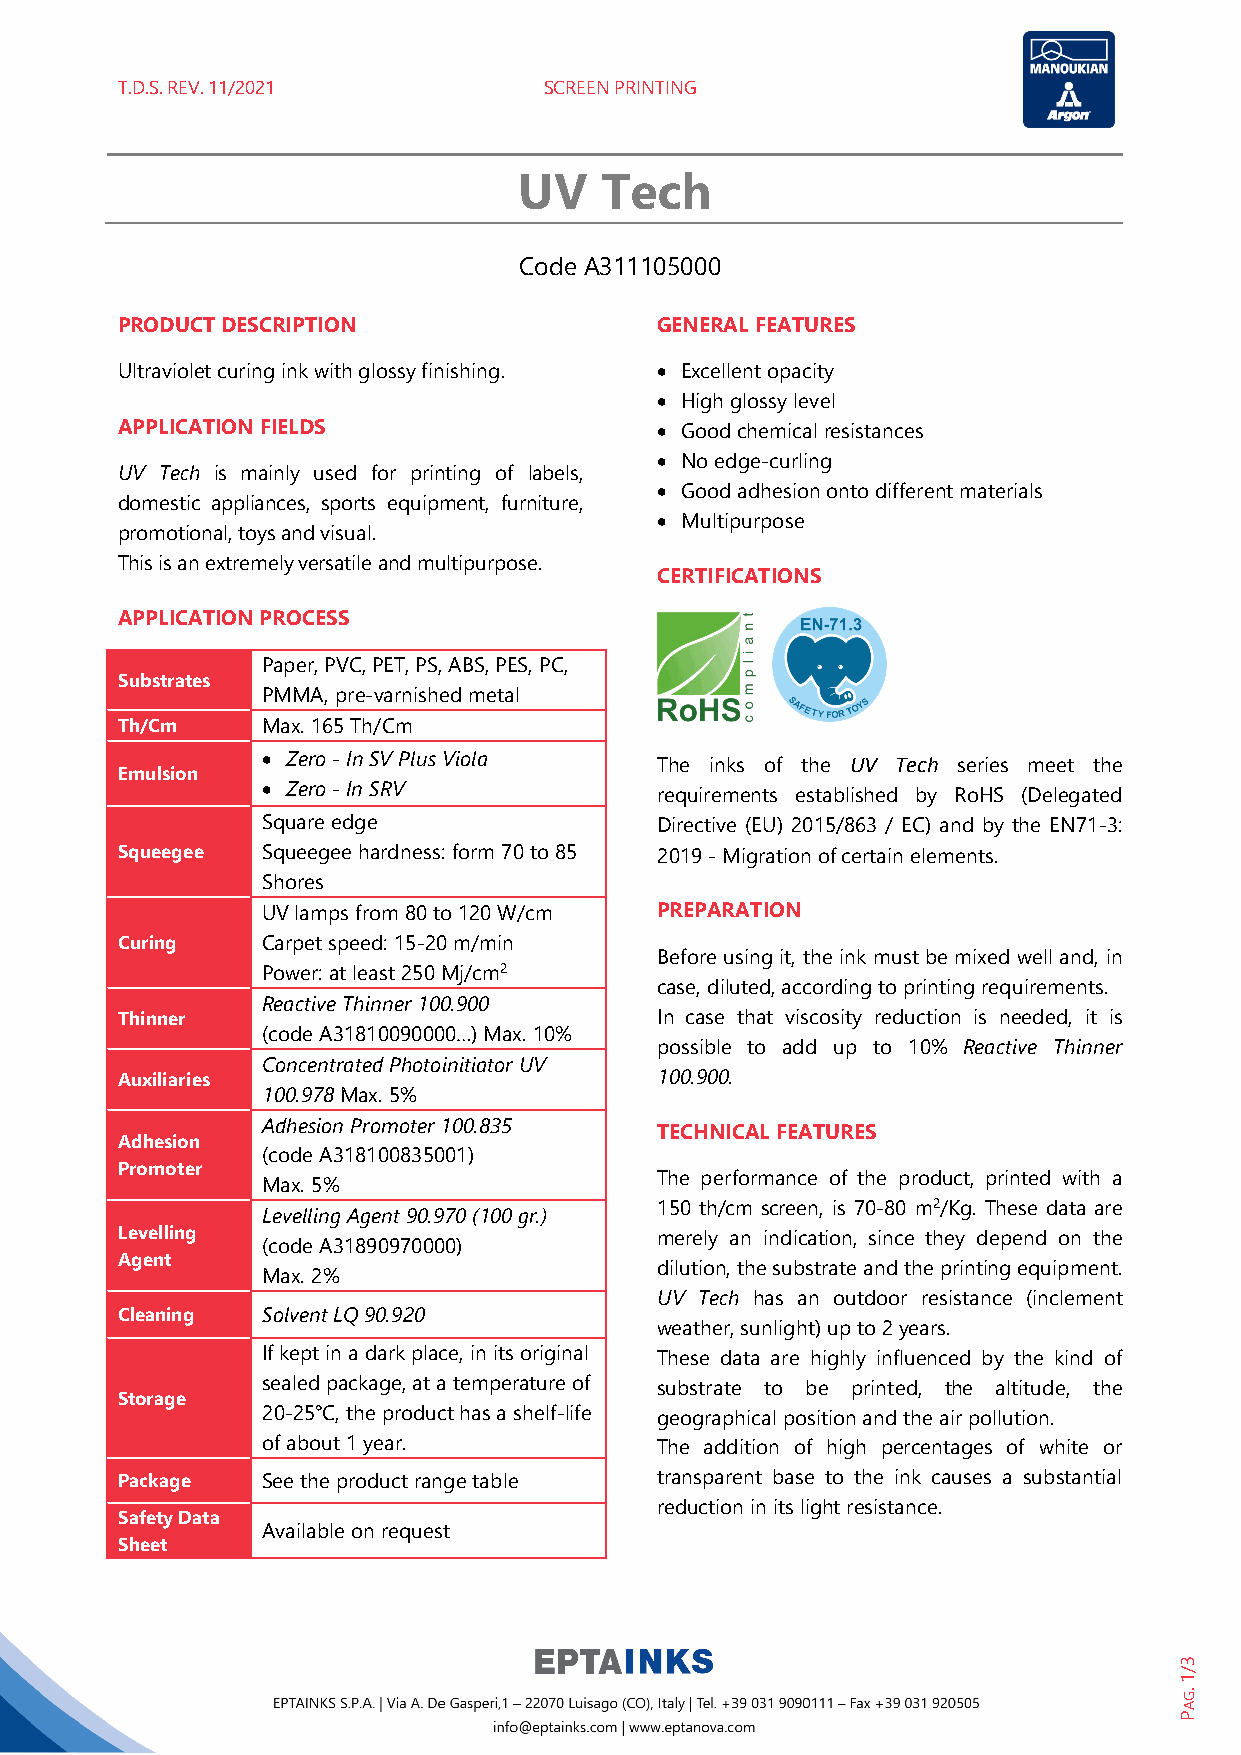
T.D.S. REV. 11/2021         SCREEN PRINTING
 UV    Tech
 Code A311105000
 PRODUCT DESCRIPTION                GENERAL FEATURES
 Ultraviolet curing ink with glossy finishing. • Excellent opacity
 • High glossy level
 APPLICATION FIELDS                 • Good chemical resistances
 • No edge-curling
 UV Tech is mainly used for printing of labels,
 • Good adhesion onto different materials
 domestic appliances, sports equipment, furniture,
 • Multipurpose
 promotional, toys and visual.
 This is an extremely versatile and multipurpose.
 CERTIFICATIONS
 APPLICATION PROCESS
 Paper, PVC, PET, PS, ABS, PES, PC,
 Substrates
 PMMA, pre-varnished metal
 Th/Cm    Max. 165 Th/Cm
 • Zero - In SV Plus Viola The inks of the UV Tech series meet the
 Emulsion
 • Zero - In SRV
 requirements established by RoHS (Delegated
 Square edge               Directive (EU) 2015/863 / EC) and by the EN71-3:
 Squeegee Squeegee hardness: form 70 to 85 2019 - Migration of certain elements.
 Shores
 UV lamps from 80 to 120 W/cm PREPARATION
 Curing   Carpet speed: 15-20 m/min
 Before using it, the ink must be mixed well and, in
 Power: at least 250 Mj/cm2
 case, diluted, according to printing requirements.
 Reactive Thinner 100.900
 Thinner                            In case that viscosity reduction is needed, it is
 (code A31810090000…) Max. 10%
 possible to add up to 10% Reactive Thinner
 Concentrated Photoinitiator UV
 100.900.
 Auxiliaries
 100.978 Max. 5%
 Adhesion Promoter 100.835
 TECHNICAL FEATURES
 Adhesion
 (code A318100835001)
 Promoter
 The performance of the product, printed with a
 Max. 5%
 Levelling Agent 90.970 (100 gr.) 150 th/cm screen, is 70-80 m2/Kg. These data are
 Levelling                          merely an indication, since they depend on the
 (code A31890970000)
 Agent
 dilution, the substrate and the printing equipment.
 Max. 2%
 UV Tech has an outdoor resistance (inclement
 Cleaning Solvent LQ 90.920
 weather, sunlight) up to 2 years.
 If kept in a dark place, in its original These data are highly influenced by the kind of
 sealed package, at a temperature of substrate to be printed, the altitude, the
 Storage
 20-25°C, the product has a shelf-life geographical position and the air pollution.
 of about 1 year.          The addition of high percentages of white or
 Package  See the product range table transparent base to the ink causes a substantial
 reduction in its light resistance.
 Safety Data
 Available on request
 Sheet
 3/1
 .GAP